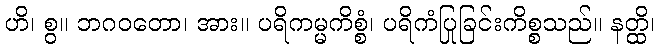
ဟိ၊ စွ။ ဘဂဝတော၊ အား။ ပရိကမ္မကိစ္စံ၊ ပရိကံပြုခြင်းကိစ္စသည်။ နတ္ထိ၊